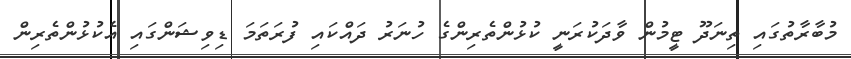
މުބާރާތުގައި ތިނަދޫ ޓީމުން ވާދަކުރަނީ ކުޅުންތެރިންގެ ހުނަރު ދައްކައި ފުރަތަމަ ޑިވިޝަންގައި އެކުޅުންތެރިން